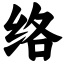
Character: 络